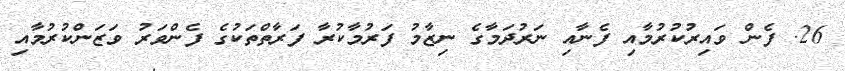
26. ފެން ވައިރުކުރުމާއި ފެނާއި ނަރުދަމާގެ ނިޒާމު ފަރުމާކުރާ ފަރާތްތަކުގެ ފެންވަރު ވަޒަންކުރުމާއި